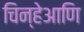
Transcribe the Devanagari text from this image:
चिन्हेआणि